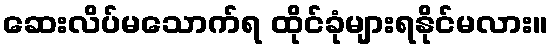
ဆေးလိပ်မသောက်ရ ထိုင်ခုံများရနိုင်မလား။